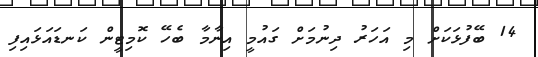
14 ބޭފުޅަކަށް މި އަހަރު ދިނުމަށް ގައުމީ އިނާމާ ބެހޭ ކޮމިޓީން ކަނޑައަޅައިފި